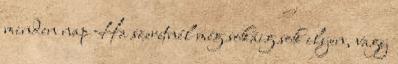
minden nap Ha szeretnél még sokáig sok ilyen, vagy